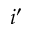
i ^ { \prime }